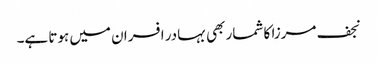
نجف مرزا کا شمار بھی بہادر افسران میں ہوتا ہے۔